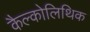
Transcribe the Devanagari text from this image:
कैल्कोलिथिक